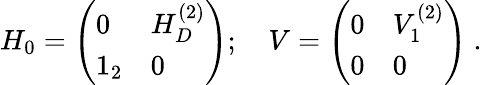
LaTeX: H_{0}=\left(\begin{array}{ll}{{0}}&{{H_{D}^{(2)}}}\\ {{1_{2}}}&{{0}}\end{array}\right);\quad V=\left(\begin{array}{ll}{{0}}&{{V_{1}^{(2)}}}\\ {{0}}&{{0}}\end{array}\right)\ .